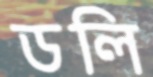
ডলি